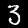
Digit: 3